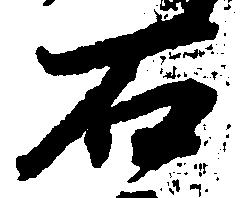
石